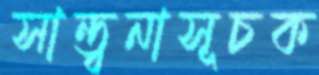
সান্ত্বনাসূচক